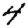
Digit: 4